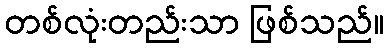
တစ်လုံးတည်းသာ ဖြစ်သည်။